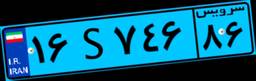
۱۶S۷۴۶۸۶